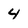
Character: 4